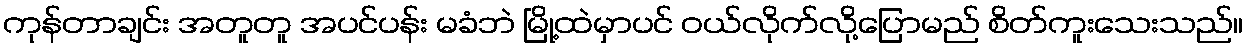
ကုန်တာချင်း အတူတူ အပင်ပန်း မခံဘဲ မြို့ထဲမှာပင် ဝယ်လိုက်လို့ပြောမည် စိတ်ကူးသေးသည်။